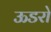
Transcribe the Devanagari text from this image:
ऊडरो